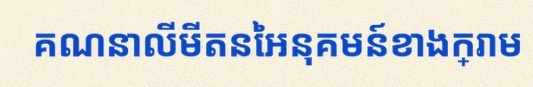
គណនាលីមីតនៃអនុគមន៍ខាងក្រោម